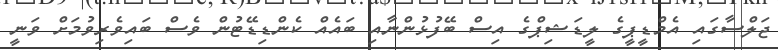
ޖަލްސާގައި އެމްޑީޕީގެ ލީޑަޝިޕްގެ އިސް ބޭފުޅުންނާއި ބައެއް ކެންޑިޑޭޓުން ވެސް ބައިވެރިވުމަށް ވަނީ